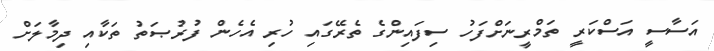
އަސާސީ އަސްކަރީ ތަމްރީނަށްފަހު ސިފައިންގެ ތެރޭގައި ހުރި އެހެން ފުރުޞަތު ތަކާއި ދިމާލަށް